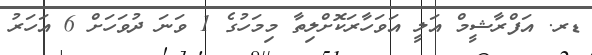
ޑރ. އަފްރާޝީމް އަލީ އަވަހާރަކޮށްލިތާ މިމަހުގެ 1 ވަނަ ދުވަހަށް 6 އަހަރު